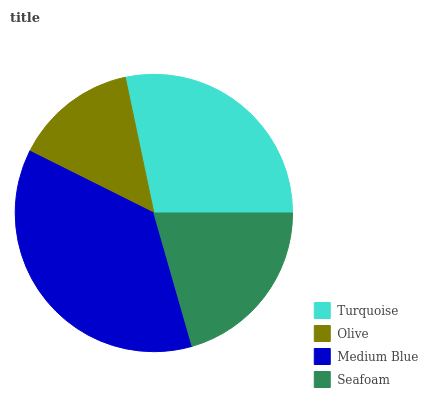
| Turquoise | Olive | Medium Blue | Seafoam |
 | --- | --- | --- | --- |
 | 28.3% | 14.3% | 36.8% | 20.5% |